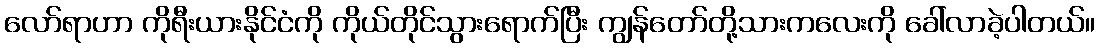
လော်ရာဟာ ကိုရီးယားနိုင်ငံကို ကိုယ်တိုင်သွားရောက်ပြီး ကျွန်တော်တို့သားကလေးကို ခေါ်လာခဲ့ပါတယ်။